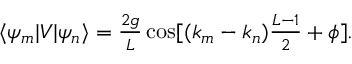
\begin{array} { r } { \langle \psi _ { m } | V | \psi _ { n } \rangle = \frac { 2 g } { L } \cos [ ( k _ { m } - k _ { n } ) \frac { L - 1 } { 2 } + \phi ] . } \end{array}